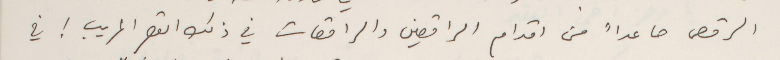
الرقص صاعداً من اقدام الراقصين والراقصات في ذلك القصر المريب ! في